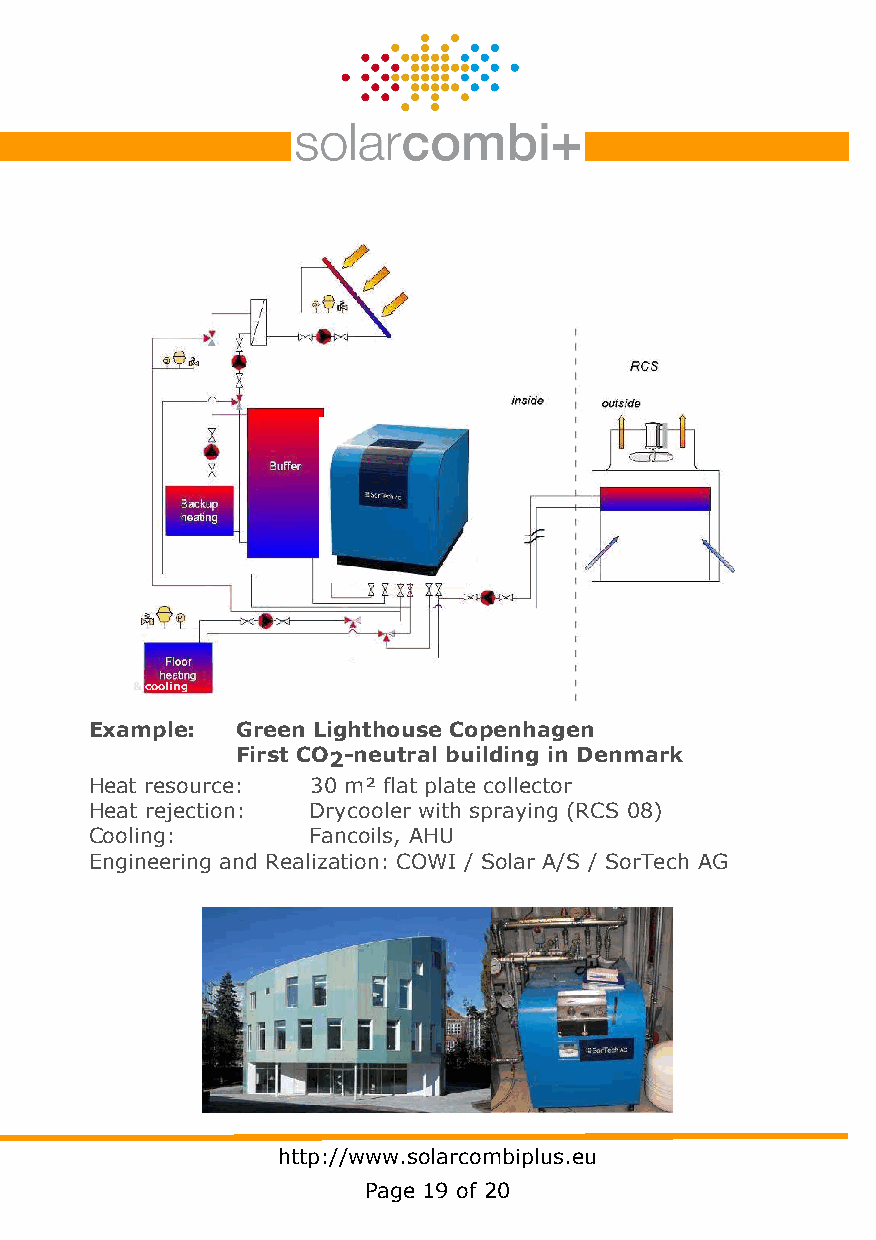
& cooling
 Example:  Green Lighthouse Copenhagen
 First CO2-neutral building in Denmark
 Heat resource: 30 m² flat plate collector
 Heat rejection: Drycooler with spraying (RCS 08)
 Cooling:       Fancoils, AHU
 Engineering and Realization: COWI / Solar A/S / SorTech AG
 http://www.solarcombiplus.eu
 Page 19 of 20